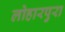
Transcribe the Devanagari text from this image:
लोहारपुरा